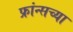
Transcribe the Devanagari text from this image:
फ्रांन्सच्या